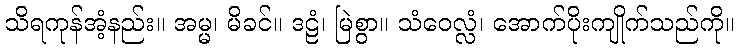
သိရကုန်အံ့နည်း။ အမ္မ၊ မိခင်။ ဒဠံ၊ မြဲစွာ။ သံဝေလ္လံ၊ အောက်ပိုးကျိုက်သည်ကို။